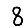
Digit: 8